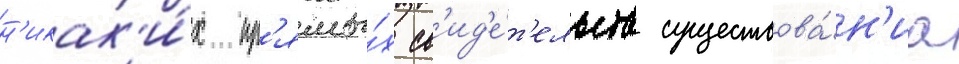
н'икак'и́х пр'ямы́х св'ид'е́т'ельств существова́н'иа